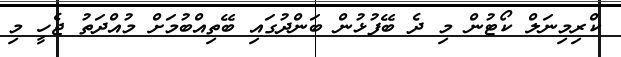
ކްރިމިނަލް ކޯޓުން މި ދެ ބޭފުޅުން ބަންދުގައި ބޭތިއްބުމަށް މުއްދަތު ޖެހީ މި